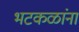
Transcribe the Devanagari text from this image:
भटकळांना